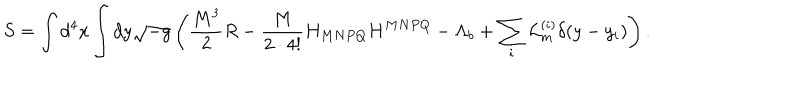
LaTeX: S = \int d ^ { 4 } x \int d y \sqrt { - g } \left( \frac { M ^ { 3 } } { 2 } R - \frac { M } { 2 \cdot 4 ! } H _ { M N P Q } H ^ { M N P Q } - \Lambda _ { b } + \sum _ { i } { \cal L } _ { m } ^ { ( i ) } \delta ( y - y _ { i } ) \right) .